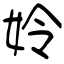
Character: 姈